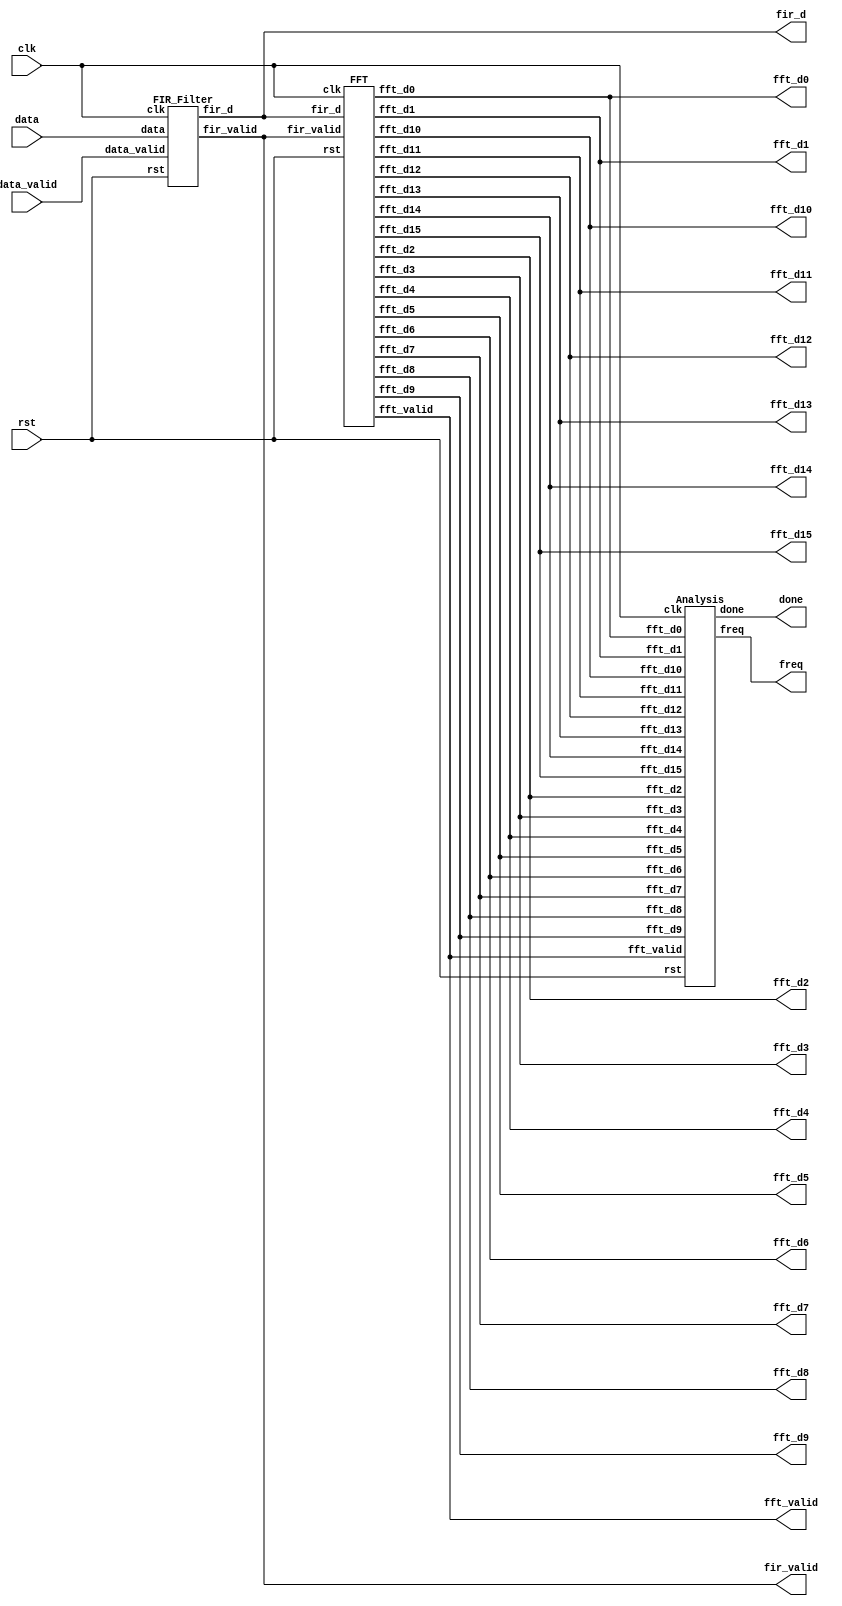
module  FAS (data_valid, data, clk, rst, fir_d, fir_valid, fft_valid, done, freq,
 fft_d1, fft_d2, fft_d3, fft_d4, fft_d5, fft_d6, fft_d7, fft_d8,
 fft_d9, fft_d10, fft_d11, fft_d12, fft_d13, fft_d14, fft_d15, fft_d0);
input clk, rst;
input data_valid;
input [15:0] data; 

output fir_valid, fft_valid;
output [15:0] fir_d;
output [31:0] fft_d1, fft_d2, fft_d3, fft_d4, fft_d5, fft_d6, fft_d7, fft_d8;
output [31:0] fft_d9, fft_d10, fft_d11, fft_d12, fft_d13, fft_d14, fft_d15, fft_d0;
output done;
output [3:0] freq;

FIR_Filter fir(.clk(clk), .rst(rst), .data_valid(data_valid), .data(data), .fir_d(fir_d), .fir_valid(fir_valid));

FFT fft(.clk(clk), .rst(rst), .fir_d(fir_d), .fir_valid(fir_valid), .fft_valid(fft_valid), 
    .fft_d1(fft_d1),   .fft_d2(fft_d2),   .fft_d3(fft_d3),   .fft_d4(fft_d4),
    .fft_d5(fft_d5),   .fft_d6(fft_d6),   .fft_d7(fft_d7),   .fft_d8(fft_d8),
    .fft_d9(fft_d9),   .fft_d10(fft_d10), .fft_d11(fft_d11), .fft_d12(fft_d12), 
    .fft_d13(fft_d13), .fft_d14(fft_d14), .fft_d15(fft_d15), .fft_d0(fft_d0));

Analysis ana(.clk(clk), .rst(rst), .fft_valid(fft_valid), 
    .fft_d1(fft_d1),   .fft_d2(fft_d2),   .fft_d3(fft_d3),   .fft_d4(fft_d4),
    .fft_d5(fft_d5),   .fft_d6(fft_d6),   .fft_d7(fft_d7),   .fft_d8(fft_d8),
    .fft_d9(fft_d9),   .fft_d10(fft_d10), .fft_d11(fft_d11), .fft_d12(fft_d12), 
    .fft_d13(fft_d13), .fft_d14(fft_d14), .fft_d15(fft_d15), .fft_d0(fft_d0), 
    .done(done), .freq(freq));

endmodule

module FIR_Filter (clk, rst, data_valid, data, fir_d, fir_valid);
input clk, rst;
input data_valid;
input [15:0] data;
output fir_valid;
output [15:0] fir_d;

reg fir_valid;
reg [15:0] fir_d;

reg signed [15:0] xf [31:0];
reg signed [35:0] p [31:0];
reg [5:0] cnt;
integer j;

parameter signed [19:0] FIR_C00 = 20'hFFF9E ;     //The FIR_coefficient value 0: -1.495361e-003
parameter signed [19:0] FIR_C01 = 20'hFFF86 ;     //The FIR_coefficient value 1: -1.861572e-003
parameter signed [19:0] FIR_C02 = 20'hFFFA7 ;     //The FIR_coefficient value 2: -1.358032e-003
parameter signed [19:0] FIR_C03 = 20'h0003B ;    //The FIR_coefficient value 3: 9.002686e-004
parameter signed [19:0] FIR_C04 = 20'h0014B ;    //The FIR_coefficient value 4: 5.050659e-003
parameter signed [19:0] FIR_C05 = 20'h0024A ;    //The FIR_coefficient value 5: 8.941650e-003
parameter signed [19:0] FIR_C06 = 20'h00222 ;    //The FIR_coefficient value 6: 8.331299e-003
parameter signed [19:0] FIR_C07 = 20'hFFFE4 ;     //The FIR_coefficient value 7: -4.272461e-004
parameter signed [19:0] FIR_C08 = 20'hFFBC5 ;     //The FIR_coefficient value 8: -1.652527e-002
parameter signed [19:0] FIR_C09 = 20'hFF7CA ;     //The FIR_coefficient value 9: -3.207397e-002
parameter signed [19:0] FIR_C10 = 20'hFF74E ;     //The FIR_coefficient value 10: -3.396606e-002
parameter signed [19:0] FIR_C11 = 20'hFFD74 ;     //The FIR_coefficient value 11: -9.948730e-003
parameter signed [19:0] FIR_C12 = 20'h00B1A ;    //The FIR_coefficient value 12: 4.336548e-002
parameter signed [19:0] FIR_C13 = 20'h01DAC ;    //The FIR_coefficient value 13: 1.159058e-001
parameter signed [19:0] FIR_C14 = 20'h02F9E ;    //The FIR_coefficient value 14: 1.860046e-001
parameter signed [19:0] FIR_C15 = 20'h03AA9 ;    //The FIR_coefficient value 15: 2.291412e-001
parameter signed [19:0] FIR_C16 = 20'h03AA9 ;    //The FIR_coefficient value 16: 2.291412e-001
parameter signed [19:0] FIR_C17 = 20'h02F9E ;    //The FIR_coefficient value 17: 1.860046e-001
parameter signed [19:0] FIR_C18 = 20'h01DAC ;    //The FIR_coefficient value 18: 1.159058e-001
parameter signed [19:0] FIR_C19 = 20'h00B1A ;    //The FIR_coefficient value 19: 4.336548e-002
parameter signed [19:0] FIR_C20 = 20'hFFD74 ;     //The FIR_coefficient value 20: -9.948730e-003
parameter signed [19:0] FIR_C21 = 20'hFF74E ;     //The FIR_coefficient value 21: -3.396606e-002
parameter signed [19:0] FIR_C22 = 20'hFF7CA ;     //The FIR_coefficient value 22: -3.207397e-002
parameter signed [19:0] FIR_C23 = 20'hFFBC5 ;     //The FIR_coefficient value 23: -1.652527e-002
parameter signed [19:0] FIR_C24 = 20'hFFFE4 ;     //The FIR_coefficient value 24: -4.272461e-004
parameter signed [19:0] FIR_C25 = 20'h00222 ;    //The FIR_coefficient value 25: 8.331299e-003
parameter signed [19:0] FIR_C26 = 20'h0024A ;    //The FIR_coefficient value 26: 8.941650e-003
parameter signed [19:0] FIR_C27 = 20'h0014B ;    //The FIR_coefficient value 27: 5.050659e-003
parameter signed [19:0] FIR_C28 = 20'h0003B ;    //The FIR_coefficient value 28: 9.002686e-004
parameter signed [19:0] FIR_C29 = 20'hFFFA7 ;     //The FIR_coefficient value 29: -1.358032e-003
parameter signed [19:0] FIR_C30 = 20'hFFF86 ;     //The FIR_coefficient value 30: -1.861572e-003
parameter signed [19:0] FIR_C31 = 20'hFFF9E ;     //The FIR_coefficient value 31: -1.495361e-003

wire signed [35:0] accu;
assign accu = 
			((p[0]  + p[1] ) + (p[2]  + p[3] ) + (p[4]  + p[5] ) + (p[6]  + p[7] ))+ 
			((p[8]  + p[9] ) + (p[10] + p[11]) + (p[12] + p[13]) + (p[14] + p[15])) + 
			((p[16] + p[17]) + (p[18] + p[19]) + (p[20] + p[21]) + (p[22] + p[23])) +
			((p[24] + p[25]) + (p[26] + p[27]) + (p[28] + p[29]) + (p[30] + p[31]));

    always @(posedge clk or posedge rst) begin
		if (rst) begin
			for (j = 0; j < 32; j = j + 1) begin
				xf[j] <= 0;
				p[j] <= 0;
			end
		end
		else begin
			if (!data_valid) begin
				for (j = 0; j < 32; j = j + 1) begin
					xf[j] <= 0;
					p[j] <= 0;
				end
			end
			else begin
				xf[31]  <= $signed(data);
				for (j = 31; j > 0; j = j - 1) begin
					xf[j-1] <= xf[j];
				end
				p[0] <= FIR_C00 * xf[31];
				p[1] <= FIR_C01 * xf[30];
				p[2] <= FIR_C02 * xf[29];
				p[3] <= FIR_C03 * xf[28];
				p[4] <= FIR_C04 * xf[27];
				p[5] <= FIR_C05 * xf[26];
				p[6] <= FIR_C06 * xf[25];
				p[7] <= FIR_C07 * xf[24];
				p[8] <= FIR_C08 * xf[23];
				p[9] <= FIR_C09 * xf[22];
				p[10]<= FIR_C10 * xf[21];
				p[11]<= FIR_C11 * xf[20];
				p[12]<= FIR_C12 * xf[19];
				p[13]<= FIR_C13 * xf[18];
				p[14]<= FIR_C14 * xf[17];
				p[15]<= FIR_C15 * xf[16];
				p[16]<= FIR_C16 * xf[15];
				p[17]<= FIR_C17 * xf[14];
				p[18]<= FIR_C18 * xf[13];
				p[19]<= FIR_C19 * xf[12];
				p[20]<= FIR_C20 * xf[11];
				p[21]<= FIR_C21 * xf[10];
				p[22]<= FIR_C22 * xf[9];
				p[23]<= FIR_C23 * xf[8];
				p[24]<= FIR_C24 * xf[7];
				p[25]<= FIR_C25 * xf[6];
				p[26]<= FIR_C26 * xf[5];
				p[27]<= FIR_C27 * xf[4];
				p[28]<= FIR_C28 * xf[3];
				p[29]<= FIR_C29 * xf[2];
				p[30]<= FIR_C30 * xf[1];
				p[31]<= FIR_C31 * xf[0];
			end
		end
	end

    always @(posedge clk or posedge rst) begin
		if (rst) begin
            fir_valid <= 0;
			fir_d <= 0;
		end
		else begin
			if (!data_valid || cnt < 6'd33) begin
				fir_valid <= 0;
				fir_d <= 0;
			end
			else begin
				fir_valid <= 1;
				fir_d <= accu[31:16];
			end
		end
	end

    always @(posedge clk or posedge rst) begin
		if (rst) begin
            cnt <= 0;
		end
		else begin
			if (!data_valid)
            	cnt <= 0;
			else
				cnt <= (cnt == 6'd33) ? cnt : cnt + 6'd1;
		end
	end


endmodule

module FFT (clk, rst, fir_d, fir_valid, fft_valid, fft_d1, fft_d2, fft_d3, fft_d4, fft_d5, fft_d6, fft_d7, fft_d8,
 fft_d9, fft_d10, fft_d11, fft_d12, fft_d13, fft_d14, fft_d15, fft_d0);
input clk, rst;
input fir_valid;
input [15:0] fir_d;
output fft_valid;
output [31:0] fft_d1, fft_d2, fft_d3, fft_d4, fft_d5, fft_d6, fft_d7, fft_d8;
output [31:0] fft_d9, fft_d10, fft_d11, fft_d12, fft_d13, fft_d14, fft_d15, fft_d0;

reg fft_valid;
reg [31:0] fft_d1, fft_d2, fft_d3, fft_d4, fft_d5, fft_d6, fft_d7, fft_d8;
reg [31:0] fft_d9, fft_d10, fft_d11, fft_d12, fft_d13, fft_d14, fft_d15, fft_d0;

parameter signed [31:0] W_R0 = 32'h00010000;
parameter signed [31:0] W_R1 = 32'h0000EC83;
parameter signed [31:0] W_R2 = 32'h0000B504;
parameter signed [31:0] W_R3 = 32'h000061F7;
parameter signed [31:0] W_R4 = 32'h00000000;
parameter signed [31:0] W_R5 = 32'hFFFF9E09;
parameter signed [31:0] W_R6 = 32'hFFFF4AFC;
parameter signed [31:0] W_R7 = 32'hFFFF137D;

parameter signed [31:0] W_I0 = 32'h00000000;
parameter signed [31:0] W_I1 = 32'hFFFF9E09;
parameter signed [31:0] W_I2 = 32'hFFFF4AFC;
parameter signed [31:0] W_I3 = 32'hFFFF137D;
parameter signed [31:0] W_I4 = 32'hFFFF0000;
parameter signed [31:0] W_I5 = 32'hFFFF137D;
parameter signed [31:0] W_I6 = 32'hFFFF4AFC;
parameter signed [31:0] W_I7 = 32'hFFFF9E09;

reg [5:0] cnt;
reg signed [15:0] y [15:0];
reg signed [31:0] fft_in [15:0];
reg signed [31:0] fft_s1_R [15:0];
reg signed [31:0] fft_s1_I [15:0];
reg signed [31:0] fft_s2_R [15:0];
reg signed [31:0] fft_s2_I [15:0];
reg signed [31:0] fft_s3_R [15:0];
reg signed [31:0] fft_s3_I [15:0];
reg signed [31:0] fft_s4_R [15:0];
reg signed [31:0] fft_s4_I [15:0];
reg fft_in_valid, fft_s1_valid, fft_s2_valid, fft_s3_valid, fft_s4_valid;
reg [15:0] garb_16;
integer i, j;
	// serial input
	always @(posedge clk or posedge rst) begin
		if (rst) begin
			for (j = 0; j < 16; j = j + 1) begin
				y[j] <= 0;
			end
		end
		else begin
			if (!fir_valid) begin
				for (j = 0; j < 16; j = j + 1) begin
					y[j] <= 0;
				end
			end
			else begin
				y[15]  <= fir_d + {15'd0, fir_d[15]}; // Magic
				for (j = 15; j > 0; j = j - 1) begin
					y[j-1] <= y[j];
				end
			end
		end
	end
	// parallel output and signed extend
	always @(posedge clk or posedge rst) begin
		if (rst) begin
			for (j = 0; j < 16; j = j + 1) begin
				fft_in[j] <= 0;
				fft_in_valid <= 0;
			end
		end
		else begin
			if (cnt == 16) begin
				fft_in_valid <= 1;
				for (j = 0; j < 16; j = j + 1) begin
					fft_in[j] <= { {8{y[j][15]}}, y[j], 8'b0};
				end
			end
			else begin
				fft_in_valid <= 0;
				for (j = 0; j < 16; j = j + 1) begin
					fft_in[j] <= fft_in[j];
				end
			end
		end
	end
	// s1
	always @(posedge clk or posedge rst) begin
		if (rst) begin
			for (j = 0; j < 16; j = j + 1) begin
				fft_s1_R[j] <= 0;
				fft_s1_I[j] <= 0;
				fft_s1_valid <= 0;
			end
		end
		else begin
			if (fft_in_valid) begin
				fft_s1_valid <= 1;
				// j=0
				fft_s1_R[0  ] <= fft_in[0]+fft_in[8];
				fft_s1_I[0  ] <= 32'b0; // because (b+d) is 0
				{garb_16, fft_s1_R[8], garb_16} <= ((fft_in[0]-fft_in[8])*W_R0); // because (d-b) is 0
				{garb_16, fft_s1_I[8], garb_16} <= ((fft_in[0]-fft_in[8])*W_I0); // because (b-d) is 0
				// j=1
				fft_s1_R[1  ] <= fft_in[1]+fft_in[8+1];
				fft_s1_I[1  ] <= 32'b0; // because (b+d) is 0
				{garb_16, fft_s1_R[8+1], garb_16} <= ((fft_in[1]-fft_in[8+1])*W_R1); // because (d-b) is 0
				{garb_16, fft_s1_I[8+1], garb_16} <= ((fft_in[1]-fft_in[8+1])*W_I1); // because (b-d) is 0
				// j=2
				fft_s1_R[2  ] <= fft_in[2]+fft_in[8+2];
				fft_s1_I[2  ] <= 32'b0; // because (b+d) is 0
				{garb_16, fft_s1_R[8+2], garb_16} <= ((fft_in[2]-fft_in[8+2])*W_R2); // because (d-b) is 0
				{garb_16, fft_s1_I[8+2], garb_16} <= ((fft_in[2]-fft_in[8+2])*W_I2); // because (b-d) is 0
				// j=3
				fft_s1_R[3  ] <= fft_in[3]+fft_in[8+3];
				fft_s1_I[3  ] <= 32'b0; // because (b+d) is 0
				{garb_16, fft_s1_R[8+3], garb_16} <= ((fft_in[3]-fft_in[8+3])*W_R3); // because (d-b) is 0
				{garb_16, fft_s1_I[8+3], garb_16} <= ((fft_in[3]-fft_in[8+3])*W_I3); // because (b-d) is 0
				// j=4
				fft_s1_R[4  ] <= fft_in[4]+fft_in[8+4];
				fft_s1_I[4  ] <= 32'b0; // because (b+d) is 0
				{garb_16, fft_s1_R[8+4], garb_16} <= ((fft_in[4]-fft_in[8+4])*W_R4); // because (d-b) is 0
				{garb_16, fft_s1_I[8+4], garb_16} <= ((fft_in[4]-fft_in[8+4])*W_I4); // because (b-d) is 0
				// j=5
				fft_s1_R[5  ] <= fft_in[5]+fft_in[8+5];
				fft_s1_I[5  ] <= 32'b0; // because (b+d) is 0
				{garb_16, fft_s1_R[8+5], garb_16} <= ((fft_in[5]-fft_in[8+5])*W_R5); // because (d-b) is 0
				{garb_16, fft_s1_I[8+5], garb_16} <= ((fft_in[5]-fft_in[8+5])*W_I5); // because (b-d) is 0
				// j=6
				fft_s1_R[6  ] <= fft_in[6]+fft_in[8+6];
				fft_s1_I[6  ] <= 32'b0; // because (b+d) is 0
				{garb_16, fft_s1_R[8+6], garb_16} <= ((fft_in[6]-fft_in[8+6])*W_R6); // because (d-b) is 0
				{garb_16, fft_s1_I[8+6], garb_16} <= ((fft_in[6]-fft_in[8+6])*W_I6); // because (b-d) is 0
				// j=7
				fft_s1_R[7  ] <= fft_in[7]+fft_in[8+7];
				fft_s1_I[7  ] <= 32'b0; // because (b+d) is 0
				{garb_16, fft_s1_R[8+7], garb_16} <= ((fft_in[7]-fft_in[8+7])*W_R7); // because (d-b) is 0
				{garb_16, fft_s1_I[8+7], garb_16} <= ((fft_in[7]-fft_in[8+7])*W_I7); // because (b-d) is 0
			end
			else begin
				for (j = 0; j < 16; j = j + 1) begin
					fft_s1_R[j] <= fft_s1_R[j];
					fft_s1_I[j] <= fft_s1_I[j];
					fft_s1_valid <= 0;
				end
			end
		end
	end

	// s2
	always @(posedge clk or posedge rst) begin
		if (rst) begin
			for (j = 0; j < 16; j = j + 1) begin
				fft_s2_R[j] <= 0;
				fft_s2_I[j] <= 0;
				fft_s2_valid <= 0;
			end
		end
		else begin
			if (fft_s1_valid) begin
				fft_s2_valid <= 1;
				for (i = 0; i < 2; i = i + 1) begin
					//j=0
					fft_s2_R[i*8+0] <= fft_s1_R[i*8+0] + fft_s1_R[i*8+0+4];
					fft_s2_I[i*8+0] <= fft_s1_I[i*8+0] + fft_s1_I[i*8+0+4];
					{garb_16, fft_s2_R[i*8+0+4], garb_16} <= 
						((fft_s1_R[i*8+0  ] - fft_s1_R[i*8+0+4])*W_R0) + 
						((fft_s1_I[i*8+0+4] - fft_s1_I[i*8+0  ])*W_I0);
					{garb_16, fft_s2_I[i*8+0+4], garb_16} <= 
						((fft_s1_R[i*8+0  ] - fft_s1_R[i*8+0+4])*W_I0) + 
						((fft_s1_I[i*8+0  ] - fft_s1_I[i*8+0+4])*W_R0);
					//j=1
					fft_s2_R[i*8+1] <= fft_s1_R[i*8+1] + fft_s1_R[i*8+1+4];
					fft_s2_I[i*8+1] <= fft_s1_I[i*8+1] + fft_s1_I[i*8+1+4];
					{garb_16, fft_s2_R[i*8+1+4], garb_16} <= 
						((fft_s1_R[i*8+1  ] - fft_s1_R[i*8+1+4])*W_R2) + 
						((fft_s1_I[i*8+1+4] - fft_s1_I[i*8+1  ])*W_I2);
					{garb_16, fft_s2_I[i*8+1+4], garb_16} <= 
						((fft_s1_R[i*8+1  ] - fft_s1_R[i*8+1+4])*W_I2) + 
						((fft_s1_I[i*8+1  ] - fft_s1_I[i*8+1+4])*W_R2);
					//j=2
					fft_s2_R[i*8+2] <= fft_s1_R[i*8+2] + fft_s1_R[i*8+2+4];
					fft_s2_I[i*8+2] <= fft_s1_I[i*8+2] + fft_s1_I[i*8+2+4];
					{garb_16, fft_s2_R[i*8+2+4], garb_16} <= 
						((fft_s1_R[i*8+2  ] - fft_s1_R[i*8+2+4])*W_R4) + 
						((fft_s1_I[i*8+2+4] - fft_s1_I[i*8+2  ])*W_I4);
					{garb_16, fft_s2_I[i*8+2+4], garb_16} <= 
						((fft_s1_R[i*8+2  ] - fft_s1_R[i*8+2+4])*W_I4) + 
						((fft_s1_I[i*8+2  ] - fft_s1_I[i*8+2+4])*W_R4);
					//j=3
					fft_s2_R[i*8+3] <= fft_s1_R[i*8+3] + fft_s1_R[i*8+3+4];
					fft_s2_I[i*8+3] <= fft_s1_I[i*8+3] + fft_s1_I[i*8+3+4];
					{garb_16, fft_s2_R[i*8+3+4], garb_16} <= 
						((fft_s1_R[i*8+3  ] - fft_s1_R[i*8+3+4])*W_R6) + 
						((fft_s1_I[i*8+3+4] - fft_s1_I[i*8+3  ])*W_I6);
					{garb_16, fft_s2_I[i*8+3+4], garb_16} <= 
						((fft_s1_R[i*8+3  ] - fft_s1_R[i*8+3+4])*W_I6) + 
						((fft_s1_I[i*8+3  ] - fft_s1_I[i*8+3+4])*W_R6);
				end
			end
			else begin
				for (j = 0; j < 16; j = j + 1) begin
					fft_s2_R[j] <= fft_s2_R[j];
					fft_s2_I[j] <= fft_s2_I[j];
					fft_s2_valid <= 0;
				end
			end
		end
	end

	// s3
	always @(posedge clk or posedge rst) begin
		if (rst) begin
			for (j = 0; j < 16; j = j + 1) begin
				fft_s3_R[j] <= 0;
				fft_s3_I[j] <= 0;
				fft_s3_valid <= 0;
			end
		end
		else begin
			if (fft_s2_valid) begin
				fft_s3_valid <= 1;
				for (i = 0; i < 4; i = i + 1) begin
					//j=0
					fft_s3_R[i*4+0] <= fft_s2_R[i*4+0] + fft_s2_R[i*4+0+2];
					fft_s3_I[i*4+0] <= fft_s2_I[i*4+0] + fft_s2_I[i*4+0+2];
					{garb_16, fft_s3_R[i*4+0+2], garb_16} <= 
						((fft_s2_R[i*4+0  ] - fft_s2_R[i*4+0+2])*W_R0) + 
						((fft_s2_I[i*4+0+2] - fft_s2_I[i*4+0  ])*W_I0);
					{garb_16, fft_s3_I[i*4+0+2], garb_16} <= 
						((fft_s2_R[i*4+0  ] - fft_s2_R[i*4+0+2])*W_I0) + 
						((fft_s2_I[i*4+0  ] - fft_s2_I[i*4+0+2])*W_R0);
					//j=1
					fft_s3_R[i*4+1] <= fft_s2_R[i*4+1] + fft_s2_R[i*4+1+2];
					fft_s3_I[i*4+1] <= fft_s2_I[i*4+1] + fft_s2_I[i*4+1+2];
					{garb_16, fft_s3_R[i*4+1+2], garb_16} <= 
						((fft_s2_R[i*4+1  ] - fft_s2_R[i*4+1+2])*W_R4) + 
						((fft_s2_I[i*4+1+2] - fft_s2_I[i*4+1  ])*W_I4);
					{garb_16, fft_s3_I[i*4+1+2], garb_16} <= 
						((fft_s2_R[i*4+1  ] - fft_s2_R[i*4+1+2])*W_I4) + 
						((fft_s2_I[i*4+1  ] - fft_s2_I[i*4+1+2])*W_R4);
				end
			end
			else begin
				for (j = 0; j < 16; j = j + 1) begin
					fft_s3_R[j] <= fft_s3_R[j];
					fft_s3_I[j] <= fft_s3_I[j];
					fft_s3_valid <= 0;
				end
			end
		end
	end

	// s4
	always @(posedge clk or posedge rst) begin
		if (rst) begin
			for (j = 0; j < 16; j = j + 1) begin
				fft_s4_R[j] <= 0;
				fft_s4_I[j] <= 0;
				fft_s4_valid <= 0;
			end
		end
		else begin
			if (fft_s3_valid) begin
				fft_s4_valid <= 1;
				for (i = 0; i < 8; i = i + 1) begin
						fft_s4_R[i*2] <= fft_s3_R[i*2] + fft_s3_R[i*2+1];
						fft_s4_I[i*2] <= fft_s3_I[i*2] + fft_s3_I[i*2+1];
						{garb_16, fft_s4_R[i*2+1], garb_16} <= 
							((fft_s3_R[i*2  ] - fft_s3_R[i*2+1])*W_R0) + 
							((fft_s3_I[i*2+1] - fft_s3_I[i*2  ])*W_I0);
						{garb_16, fft_s4_I[i*2+1], garb_16} <= 
							((fft_s3_R[i*2  ] - fft_s3_R[i*2+1])*W_I0) + 
							((fft_s3_I[i*2  ] - fft_s3_I[i*2+1])*W_R0);
				end
			end
			else begin
				for (j = 0; j < 16; j = j + 1) begin
					fft_s4_R[j] <= fft_s4_R[j];
					fft_s4_I[j] <= fft_s4_I[j];
					fft_s4_valid <= 0;
				end
			end
		end
	end

	always @(posedge clk or posedge rst) begin
		if (rst) begin
            cnt <= 0;
		end
		else begin
			if (!fir_valid)
            	cnt <= 0;
			else
				cnt <= (cnt == 6'd16) ? 6'd1 : cnt + 6'd1;
		end
	end

	always @(posedge clk or posedge rst) begin
		if (rst) begin
			fft_valid <= 0;
            fft_d1  <= 0; fft_d2  <= 0; fft_d3  <= 0; fft_d4  <= 0; 
			fft_d5  <= 0; fft_d6  <= 0; fft_d7  <= 0; fft_d8  <= 0;
 			fft_d9  <= 0; fft_d10 <= 0; fft_d11 <= 0; fft_d12 <= 0; 
			fft_d13 <= 0; fft_d14 <= 0; fft_d15 <= 0; fft_d0  <= 0;
		end
		else begin
			if (!fft_s4_valid) begin
				fft_valid <= 0;
            	fft_d1  <= 0; fft_d2  <= 0; fft_d3  <= 0; fft_d4  <= 0; 
				fft_d5  <= 0; fft_d6  <= 0; fft_d7  <= 0; fft_d8  <= 0;
				fft_d9  <= 0; fft_d10 <= 0; fft_d11 <= 0; fft_d12 <= 0; 
				fft_d13 <= 0; fft_d14 <= 0; fft_d15 <= 0; fft_d0  <= 0;
			end
			else begin
				fft_valid <= 1;
				fft_d1  <= {fft_s4_R[8 ][23:8], fft_s4_I[8 ][23:8]}; fft_d2  <= {fft_s4_R[4][23:8], fft_s4_I[4][23:8]}; 
				fft_d3  <= {fft_s4_R[12][23:8], fft_s4_I[12][23:8]}; fft_d4  <= {fft_s4_R[2][23:8], fft_s4_I[2][23:8]}; 
				fft_d5  <= {fft_s4_R[10][23:8], fft_s4_I[10][23:8]}; fft_d6  <= {fft_s4_R[6][23:8], fft_s4_I[6][23:8]}; 
				fft_d7  <= {fft_s4_R[14][23:8], fft_s4_I[14][23:8]}; fft_d8  <= {fft_s4_R[1][23:8], fft_s4_I[1][23:8]};
				fft_d9  <= {fft_s4_R[9 ][23:8], fft_s4_I[9 ][23:8]}; fft_d10 <= {fft_s4_R[5][23:8], fft_s4_I[5][23:8]}; 
				fft_d11 <= {fft_s4_R[13][23:8], fft_s4_I[13][23:8]}; fft_d12 <= {fft_s4_R[3][23:8], fft_s4_I[3][23:8]}; 
				fft_d13 <= {fft_s4_R[11][23:8], fft_s4_I[11][23:8]}; fft_d14 <= {fft_s4_R[7][23:8], fft_s4_I[7][23:8]}; 
				fft_d15 <= {fft_s4_R[15][23:8], fft_s4_I[15][23:8]}; fft_d0  <= {fft_s4_R[0][23:8], fft_s4_I[0][23:8]};
			end
		end
	end

endmodule

module Analysis (clk, rst, fft_valid, fft_d1, fft_d2, fft_d3, fft_d4, fft_d5, fft_d6, fft_d7, fft_d8,
 fft_d9, fft_d10, fft_d11, fft_d12, fft_d13, fft_d14, fft_d15, fft_d0, done, freq);
input clk, rst;
input fft_valid;
input [31:0] fft_d1, fft_d2, fft_d3, fft_d4, fft_d5, fft_d6, fft_d7, fft_d8;
input [31:0] fft_d9, fft_d10, fft_d11, fft_d12, fft_d13, fft_d14, fft_d15, fft_d0;
output done;
output [3:0] freq;

reg done;
reg [3:0] freq;

reg signed [31:0] y_dis [15:0];
reg do_cmp1, do_cmp2, do_cmp3, do_output, keep_done_low;
reg signed [31:0] max [15:0];
reg [3:0] max_idx [15:0];
integer j;

	always @(posedge clk or posedge rst) begin
		if (rst) begin
			do_cmp1 <= 0;
			for (j = 0; j < 16; j = j + 1) begin
				y_dis[j] <= 0;
			end
		end
		else begin
			if (fft_valid) begin
				do_cmp1 <= 1;
				y_dis[0] <= fft_d0[31:16]*fft_d0[31:16] + fft_d0[15:0]*fft_d0[15:0];
				y_dis[1] <= fft_d1[31:16]*fft_d1[31:16] + fft_d1[15:0]*fft_d1[15:0];
				y_dis[2] <= fft_d2[31:16]*fft_d2[31:16] + fft_d2[15:0]*fft_d2[15:0];
				y_dis[3] <= fft_d3[31:16]*fft_d3[31:16] + fft_d3[15:0]*fft_d3[15:0];
				y_dis[4] <= fft_d4[31:16]*fft_d4[31:16] + fft_d4[15:0]*fft_d4[15:0];
				y_dis[5] <= fft_d5[31:16]*fft_d5[31:16] + fft_d5[15:0]*fft_d5[15:0];
				y_dis[6] <= fft_d6[31:16]*fft_d6[31:16] + fft_d6[15:0]*fft_d6[15:0];
				y_dis[7] <= fft_d7[31:16]*fft_d7[31:16] + fft_d7[15:0]*fft_d7[15:0];
				y_dis[8] <= fft_d8[31:16]*fft_d8[31:16] + fft_d8[15:0]*fft_d8[15:0];
				y_dis[9] <= fft_d9[31:16]*fft_d9[31:16] + fft_d9[15:0]*fft_d9[15:0];
				y_dis[10]<= fft_d10[31:16]*fft_d10[31:16] + fft_d10[15:0]*fft_d10[15:0];
				y_dis[11]<= fft_d11[31:16]*fft_d11[31:16] + fft_d11[15:0]*fft_d11[15:0];
				y_dis[12]<= fft_d12[31:16]*fft_d12[31:16] + fft_d12[15:0]*fft_d12[15:0];
				y_dis[13]<= fft_d13[31:16]*fft_d13[31:16] + fft_d13[15:0]*fft_d13[15:0];
				y_dis[14]<= fft_d14[31:16]*fft_d14[31:16] + fft_d14[15:0]*fft_d14[15:0];
				y_dis[15]<= fft_d15[31:16]*fft_d15[31:16] + fft_d15[15:0]*fft_d15[15:0];
			end
			else begin
				do_cmp1 <= 0;
				for (j = 0; j < 16; j = j + 1) begin
					y_dis[j] <= y_dis[j];
				end
			end
		end
	end

	always @(posedge clk or posedge rst) begin
		if (rst) begin
			do_cmp2 <= 0;
			do_cmp3 <= 0;
			do_output <= 0;
			for (j = 0; j < 16; j = j + 1) begin
				max[j]     <= 0;
				max_idx[j] <= 0;
			end
		end
		else begin
			if (do_cmp1) begin
				do_cmp2 <= 1;
				do_cmp3 <= 0;
				do_output <= 0;
				for (j = 0; j < 16; j = j + 2) begin
					max[j]     <= (y_dis[j] > y_dis[j+1])? y_dis[j]: y_dis[j+1];
					max_idx[j] <= (y_dis[j] > y_dis[j+1])? j[3:0]: j[3:0]+4'd1;
				end
			end
			else if (do_cmp2) begin
				do_cmp2 <= 0;
				do_cmp3 <= 1;
				do_output <= 0;
				for (j = 0; j < 16; j = j + 4) begin
					max[j]     <= (max[j] > max[j+2])? max[j]: max[j+2];
					max_idx[j] <= (max[j] > max[j+2])? max_idx[j]: max_idx[j+2];
				end
			end
			else if (do_cmp3) begin
				do_cmp2 <= 0;
				do_cmp3 <= 0;
				do_output <= 1;
				for (j = 0; j < 16; j = j + 8) begin
					max[j]     <= (max[j] > max[j+4])? max[j]: max[j+4];
					max_idx[j] <= (max[j] > max[j+4])? max_idx[j]: max_idx[j+4];
				end
			end
			else begin
				do_cmp2 <= 0;
				do_cmp3 <= 0;
				do_output <= 0;
				for (j = 0; j < 16; j = j + 1) begin
					max[j]     <= max[j];
					max_idx[j] <= max_idx[j];
				end
			end
		end
	end

	always @(posedge clk or posedge rst) begin
		if (rst) begin
			done <= 0;
			freq <= 0;
			keep_done_low <= 0;
		end
		else begin
			if (do_output && !keep_done_low) begin
				done <= 1;
				freq <= (max[0]>max[8])?max_idx[0]:max_idx[8];
				keep_done_low <= 1;
			end
			else begin
				done <= 0;
				freq <= 0;
				keep_done_low <= keep_done_low;
			end
		end
	end

endmodule